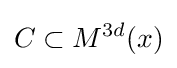
C\subset M^{3d}(x)